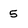
Character: 5